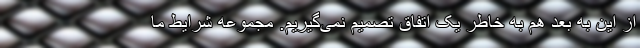
از این به بعد هم به خاطر یک اتفاق تصمیم نمی‌گیریم. مجموعه شرایط ما